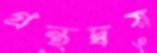
গ্রন্থদ্বয়